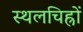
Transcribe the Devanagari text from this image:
स्थलचिह्रों